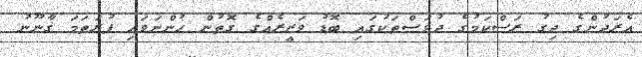
އެރަދުންގެ ދިގު ރަސްކަމުގެ ދުވަސްތަކުގައި ބޮޑު ވަޒީރެއްގެ ގޮތުން ހުންނަވައި ފުރަތަމަ ގާނޫނު